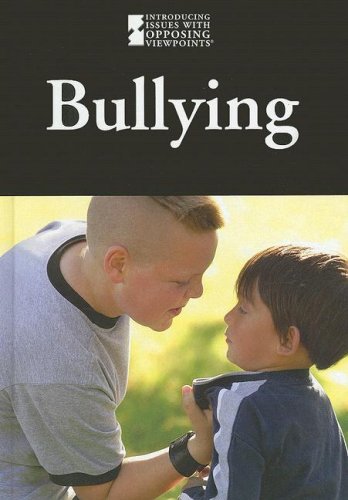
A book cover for Bullying (Introducing Issues With Opposing Viewpoints); Beth Rosenthal; Teen & Young Adult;